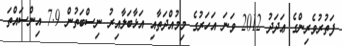
ފަތުރުވެރިންގެ ޢަދަދު 2012 ވަނަ އަހަރުގެ މިމުއްދަތާއި އަޅާބަލާއިރު ނިސްބަތުން 7.9 އިންސައްތަ